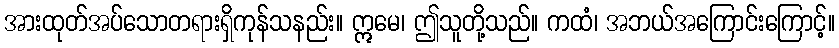
အားထုတ်အပ်သောတရားရှိကုန်သနည်း။ ဣမေ၊ ဤသူတို့သည်။ ကထံ၊ အဘယ်အကြောင်းကြောင့်။